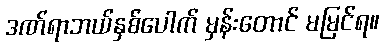
ဒဏ်ရာဘယ်နှစ်ပေါက် မှန်းတောင် မမြင်ရ။